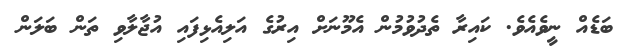
ބަޑެއް ނީވެއެވެ. ކައިރާ ތެދުވުމުން އެމޫނަށް އިރުގެ އަލިއެޅިފައި އުޖާލާވި ތަން ބަލަން